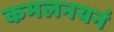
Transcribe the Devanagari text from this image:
कमलनयनं